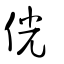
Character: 侊